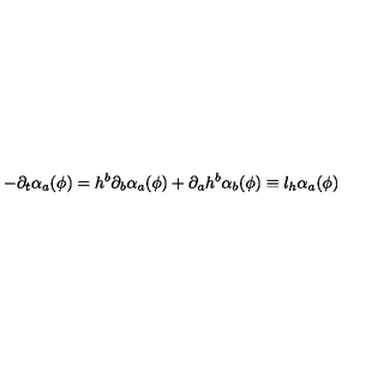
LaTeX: - \partial _ { t } \alpha _ { a } ( \phi ) = h ^ { b } \partial _ { b } \alpha _ { a } ( \phi ) + \partial _ { a } h ^ { b } \alpha _ { b } ( \phi ) \equiv l _ { h } \alpha _ { a } ( \phi )